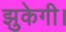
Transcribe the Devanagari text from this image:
झुकेगी।